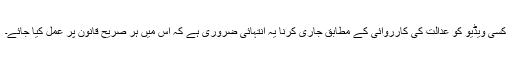
کسی ویڈیو کو عدالت کی کارروائی کے مطابق جاری کرنا یہ انتہائی ضروری ہے کہ اس میں ہر صریح قانون پر عمل کیا جائے۔